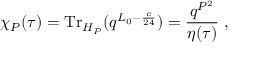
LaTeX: \chi _ { P } ( \tau ) = { \mathrm { T r } } _ { { \cal H } _ { P } } ( q ^ { L _ { 0 } - \frac { c } { 2 4 } } ) = \frac { q ^ { P ^ { 2 } } } { \eta ( \tau ) } ~ ,